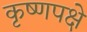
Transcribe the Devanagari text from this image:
कृष्णपक्षे